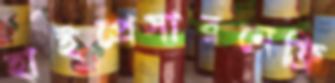
হাইপ্রেসারনেফ্রি